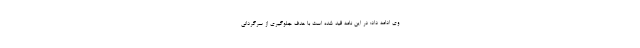
وی ادامه داد: در این نامه قید شده است با هدف جلوگیری از سرگردانی